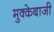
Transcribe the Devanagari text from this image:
मुक्‍केबाजी